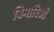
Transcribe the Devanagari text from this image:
बिमारिओं